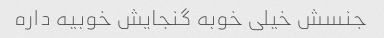
جنسش خیلی خوبه گنجایش خوبیه داره